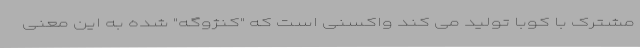
مشترک با کوبا تولید می کند واکسنی است که "کنژوگه" شده به این معنی